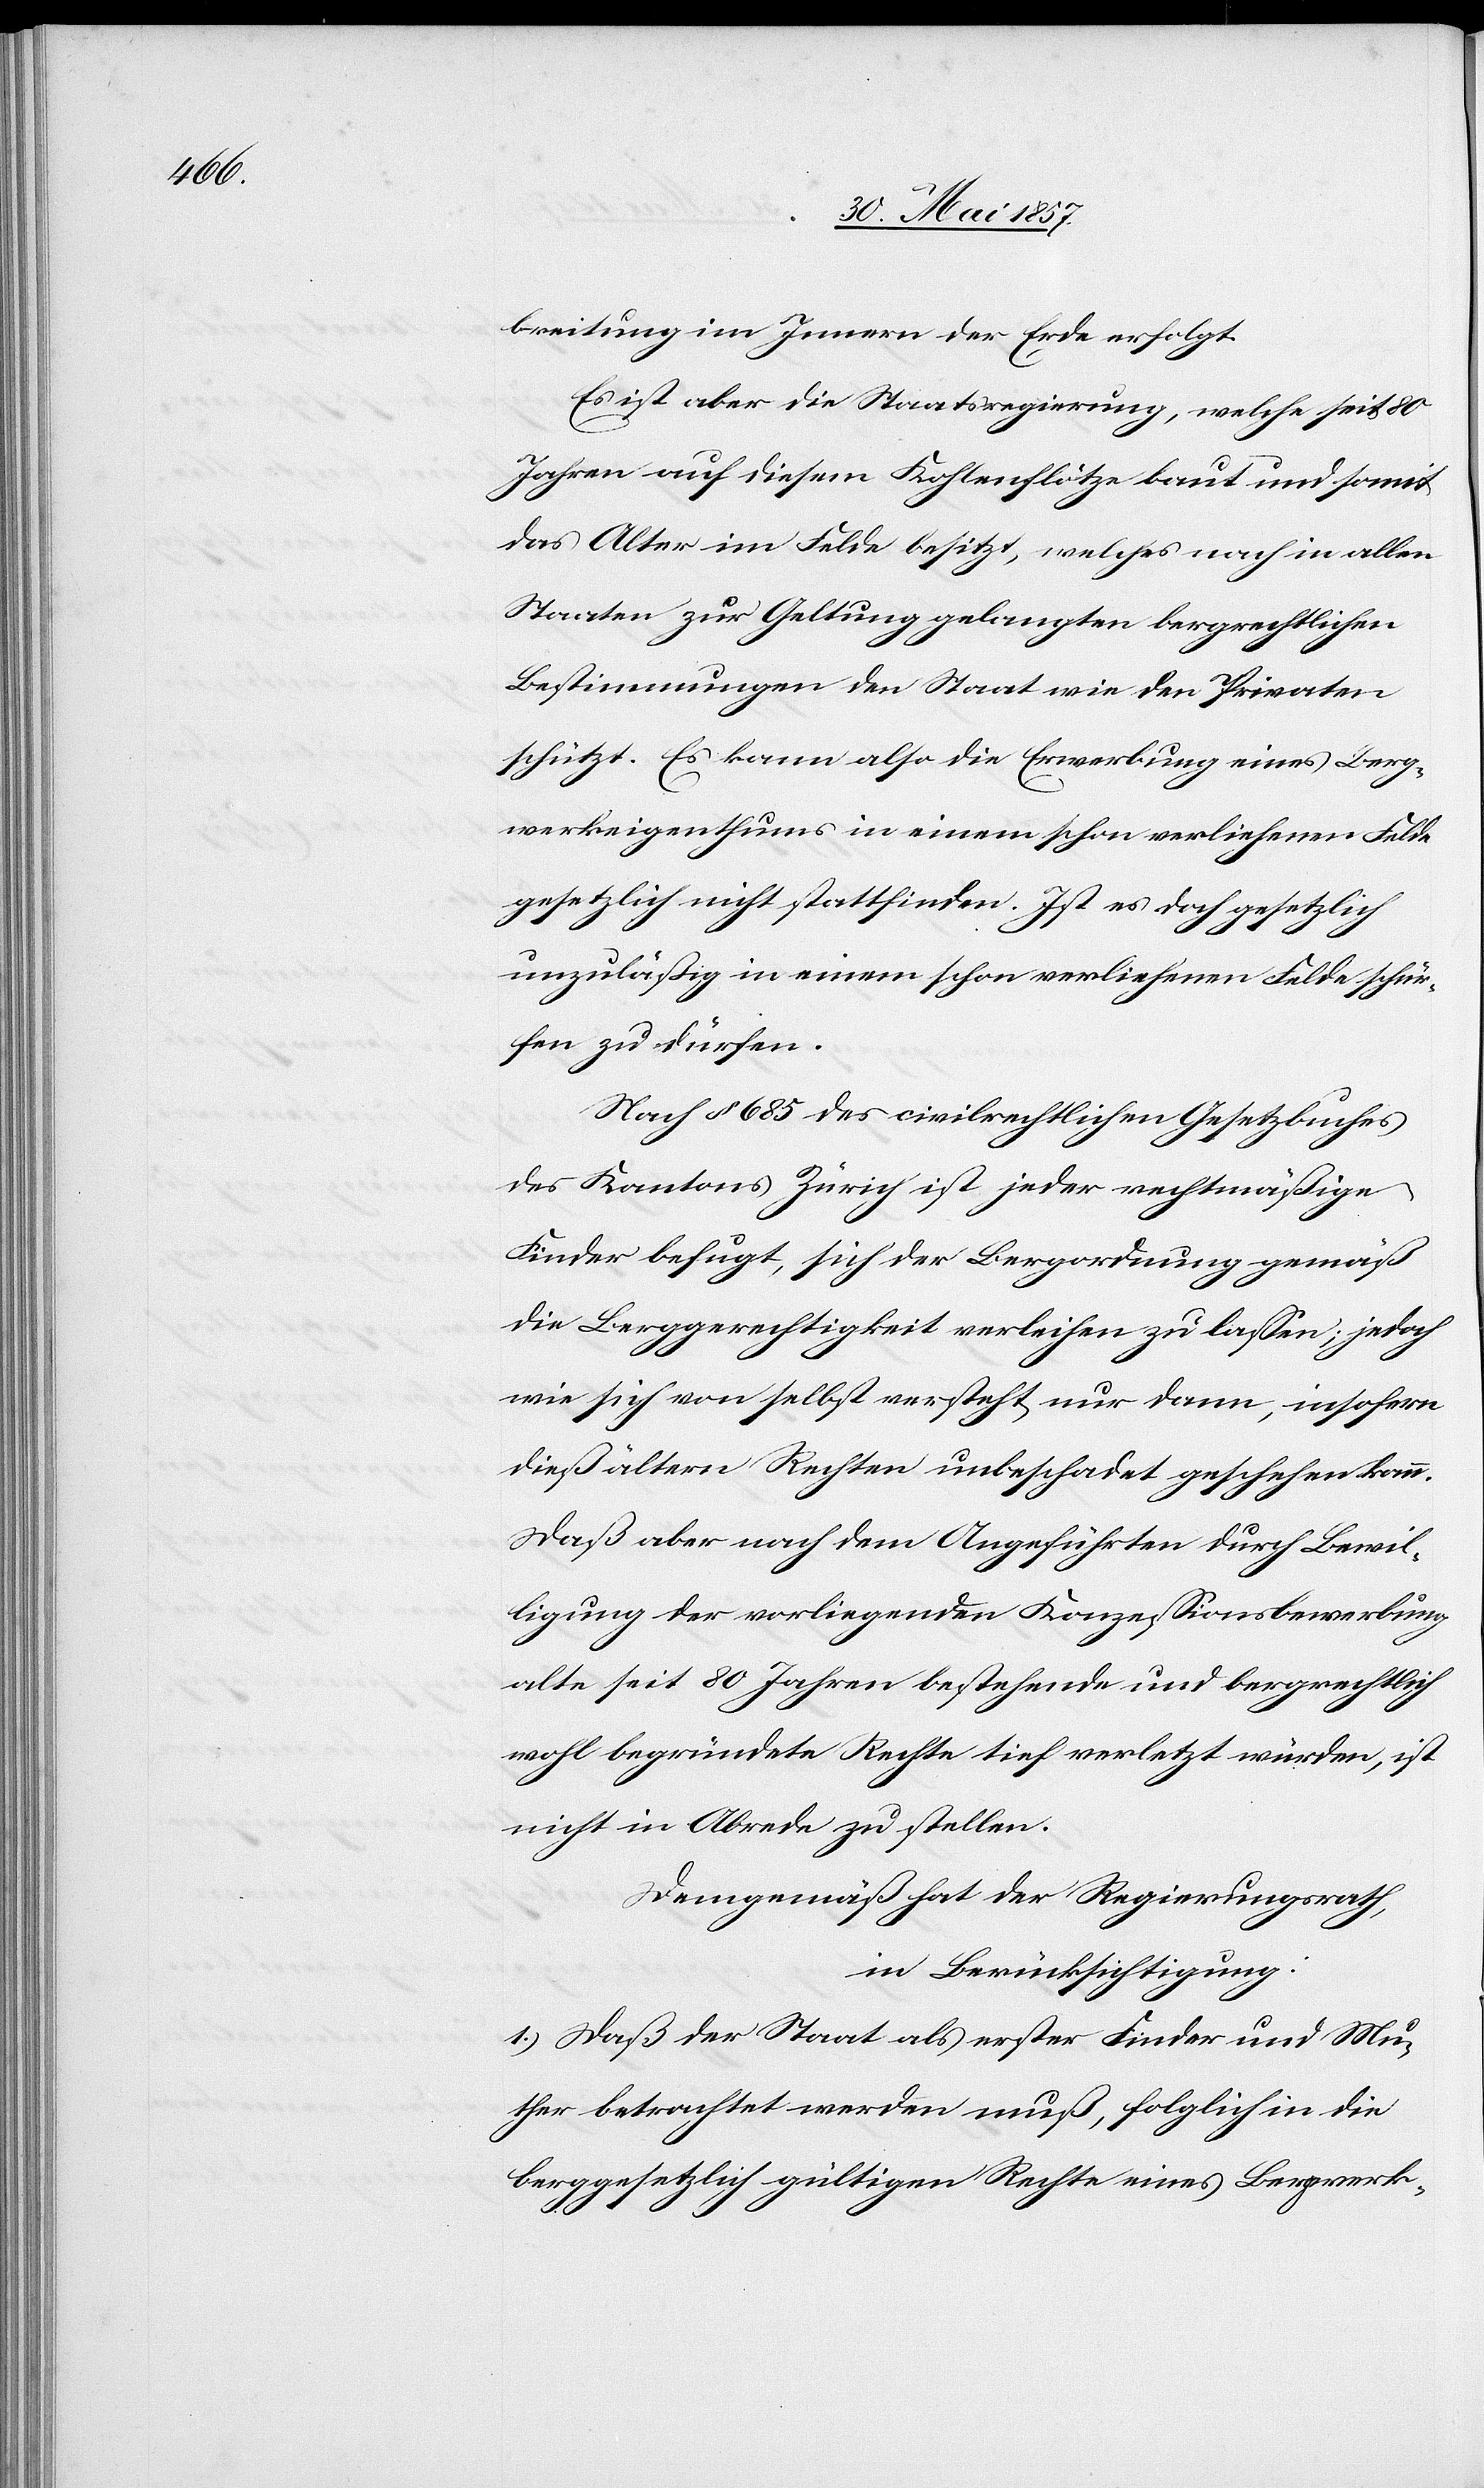
breitung im Innern der Erde erfolgt.
Es ist aber die Staatsregierung, welche seit 80
Jahren auf diesem Kohlenflötze baut und somit
das Alter im Felde besitzt, welches nach in allen
Staaten zur Geltung gelangten bergrechtlichen
Bestimmungen den Staat wie den Privaten
schützt. Es kann also die Erwerbung eines Berg¬
werkeigenthums in einem schon verliehenen Felde
gesetzlich nicht stattfinden. Ist es doch gesetzlich
unzuläßig in einem schon verliehenen Felde schür¬
fen zu dürfen.
Nach § 685 des civilrechtlichen Gesetzbuches
des Kantons Zürich ist jeder rechtmäßige
Finder befugt, sich der Bergordnung gemäß
die Berggerechtigkeit verleihen zu lassen; jedoch
wie sich von selbst versteht nur dann, insofern
dieß ältern Rechten unbeschadet geschehen kann.
Daß aber nach dem Angeführten durch Bewil¬
ligung der vorliegenden Konzessionsbewerbung
alte seit 80 Jahren bestehende und bergrechtlich
wohl begründete Rechte tief verletzt würden, ist
nicht in Abrede zu stellen.
Demgemäß hat der Regierungsrath,
in Berücksichtigung:
1.) Daß der Staat als erster Finder und Mu¬
ther betrachtet werden muß, folglich in die
berggesetzlich gültigen Rechte eines Bergwerk–